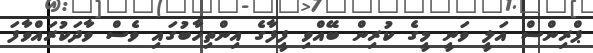
ޕްރިންސް އަލީ ވަނީ މީގެ ކުރިން ބޭއްވި ފީފާގެ އިންތިހާބުގައި ވެސް ވާދަކުރައްވާފަ